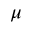
\mu